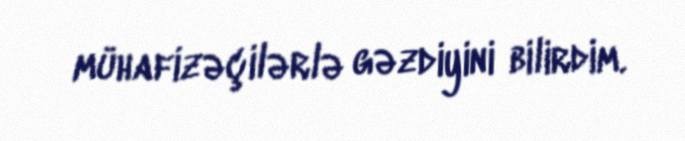
mühafizəçilərlə gəzdiyini bilirdim.